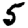
Digit: 5